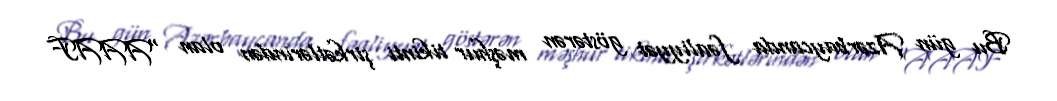
Bu gün Azərbaycanda fəaliyyət göstərən məşhur tikinti şirkətlərindən olan “AAAF